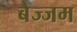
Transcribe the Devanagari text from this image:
बेज्जम